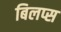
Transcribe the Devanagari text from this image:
बिलप्स